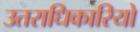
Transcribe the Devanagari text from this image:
उतराधिकारियो